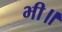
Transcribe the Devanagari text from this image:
भी॥